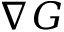
\nabla G